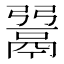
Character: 𩰲